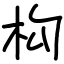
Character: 构